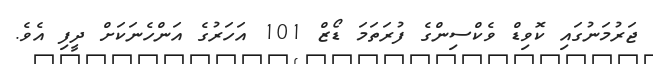
ޖަރުމަނުގައި ކޮވިޑް ވެކްސިންގެ ފުރަތަމަ ޑޯޒް 101 އަހަރުގެ އަންހެނަކަށް ދީފި އެވެ.